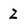
Character: Z